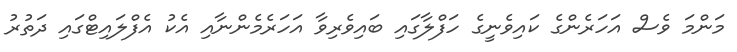
މަންމަ ވެސް އަހަރެންގެ ކައިވެނީގެ ހަފްލާގައި ބައިވެރިވާ އަހަރެމެންނާއި އެކު އެފްލައިޓްގައި ދަތުރު